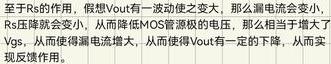
至于$R_s$的作用， 假想$V_{out}$有一波动之变大， 那么漏电流会变小， $R_s$压降就会变小， 从而降低$MOS$管源极电压， 那么相当于增大了$V_{gs}$， 从而使得漏电流增大， 从而使得$V_{out}$有一定的下降， 从而实